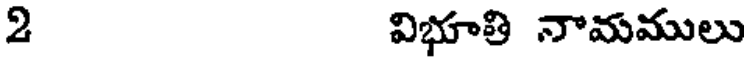
2 విభూతి నామములు